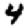
Digit: 4